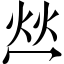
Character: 𤇾